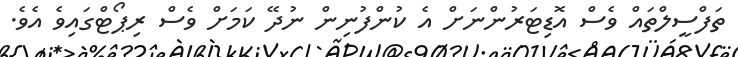
ތަފްސީލްތައް ވެސް އޮޑިޓަރުންނަށް އެ ކުންފުނިން ނުދޭ ކަމަށް ވެސް ރިޕޯޓްގައިވެ އެވެ.